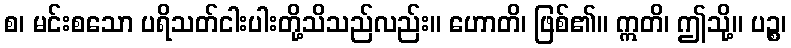
စ၊ မင်းစသော ပရိသတ်ငါးပါးတို့သိသည်လည်း။ ဟောတိ၊ ဖြစ်၏။ ဣတိ၊ ဤသို့။ ပဉ္စ၊